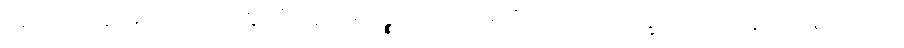
အမှတ်လည်းကောင်း။ ဣတိ ဣမေ ပဉ္စ၊ ဤငါးပါးတို့တည်း။ ဘိက္ခဝေ၊ ရဟန်းတို့။ ရာဂဿ၊